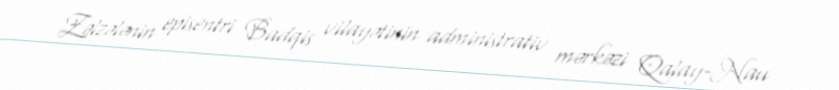
Zəlzələnin episentri Badqis vilayətinin administrativ mərkəzi Qalay-Nau